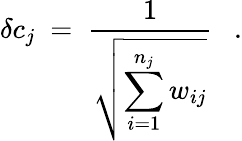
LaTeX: \delta c_{j}\ =\ \frac{1}{\displaystyle{\sqrt{\sum_{i=1}^{n_{j}}w_{ij}}}}\ \ \ .